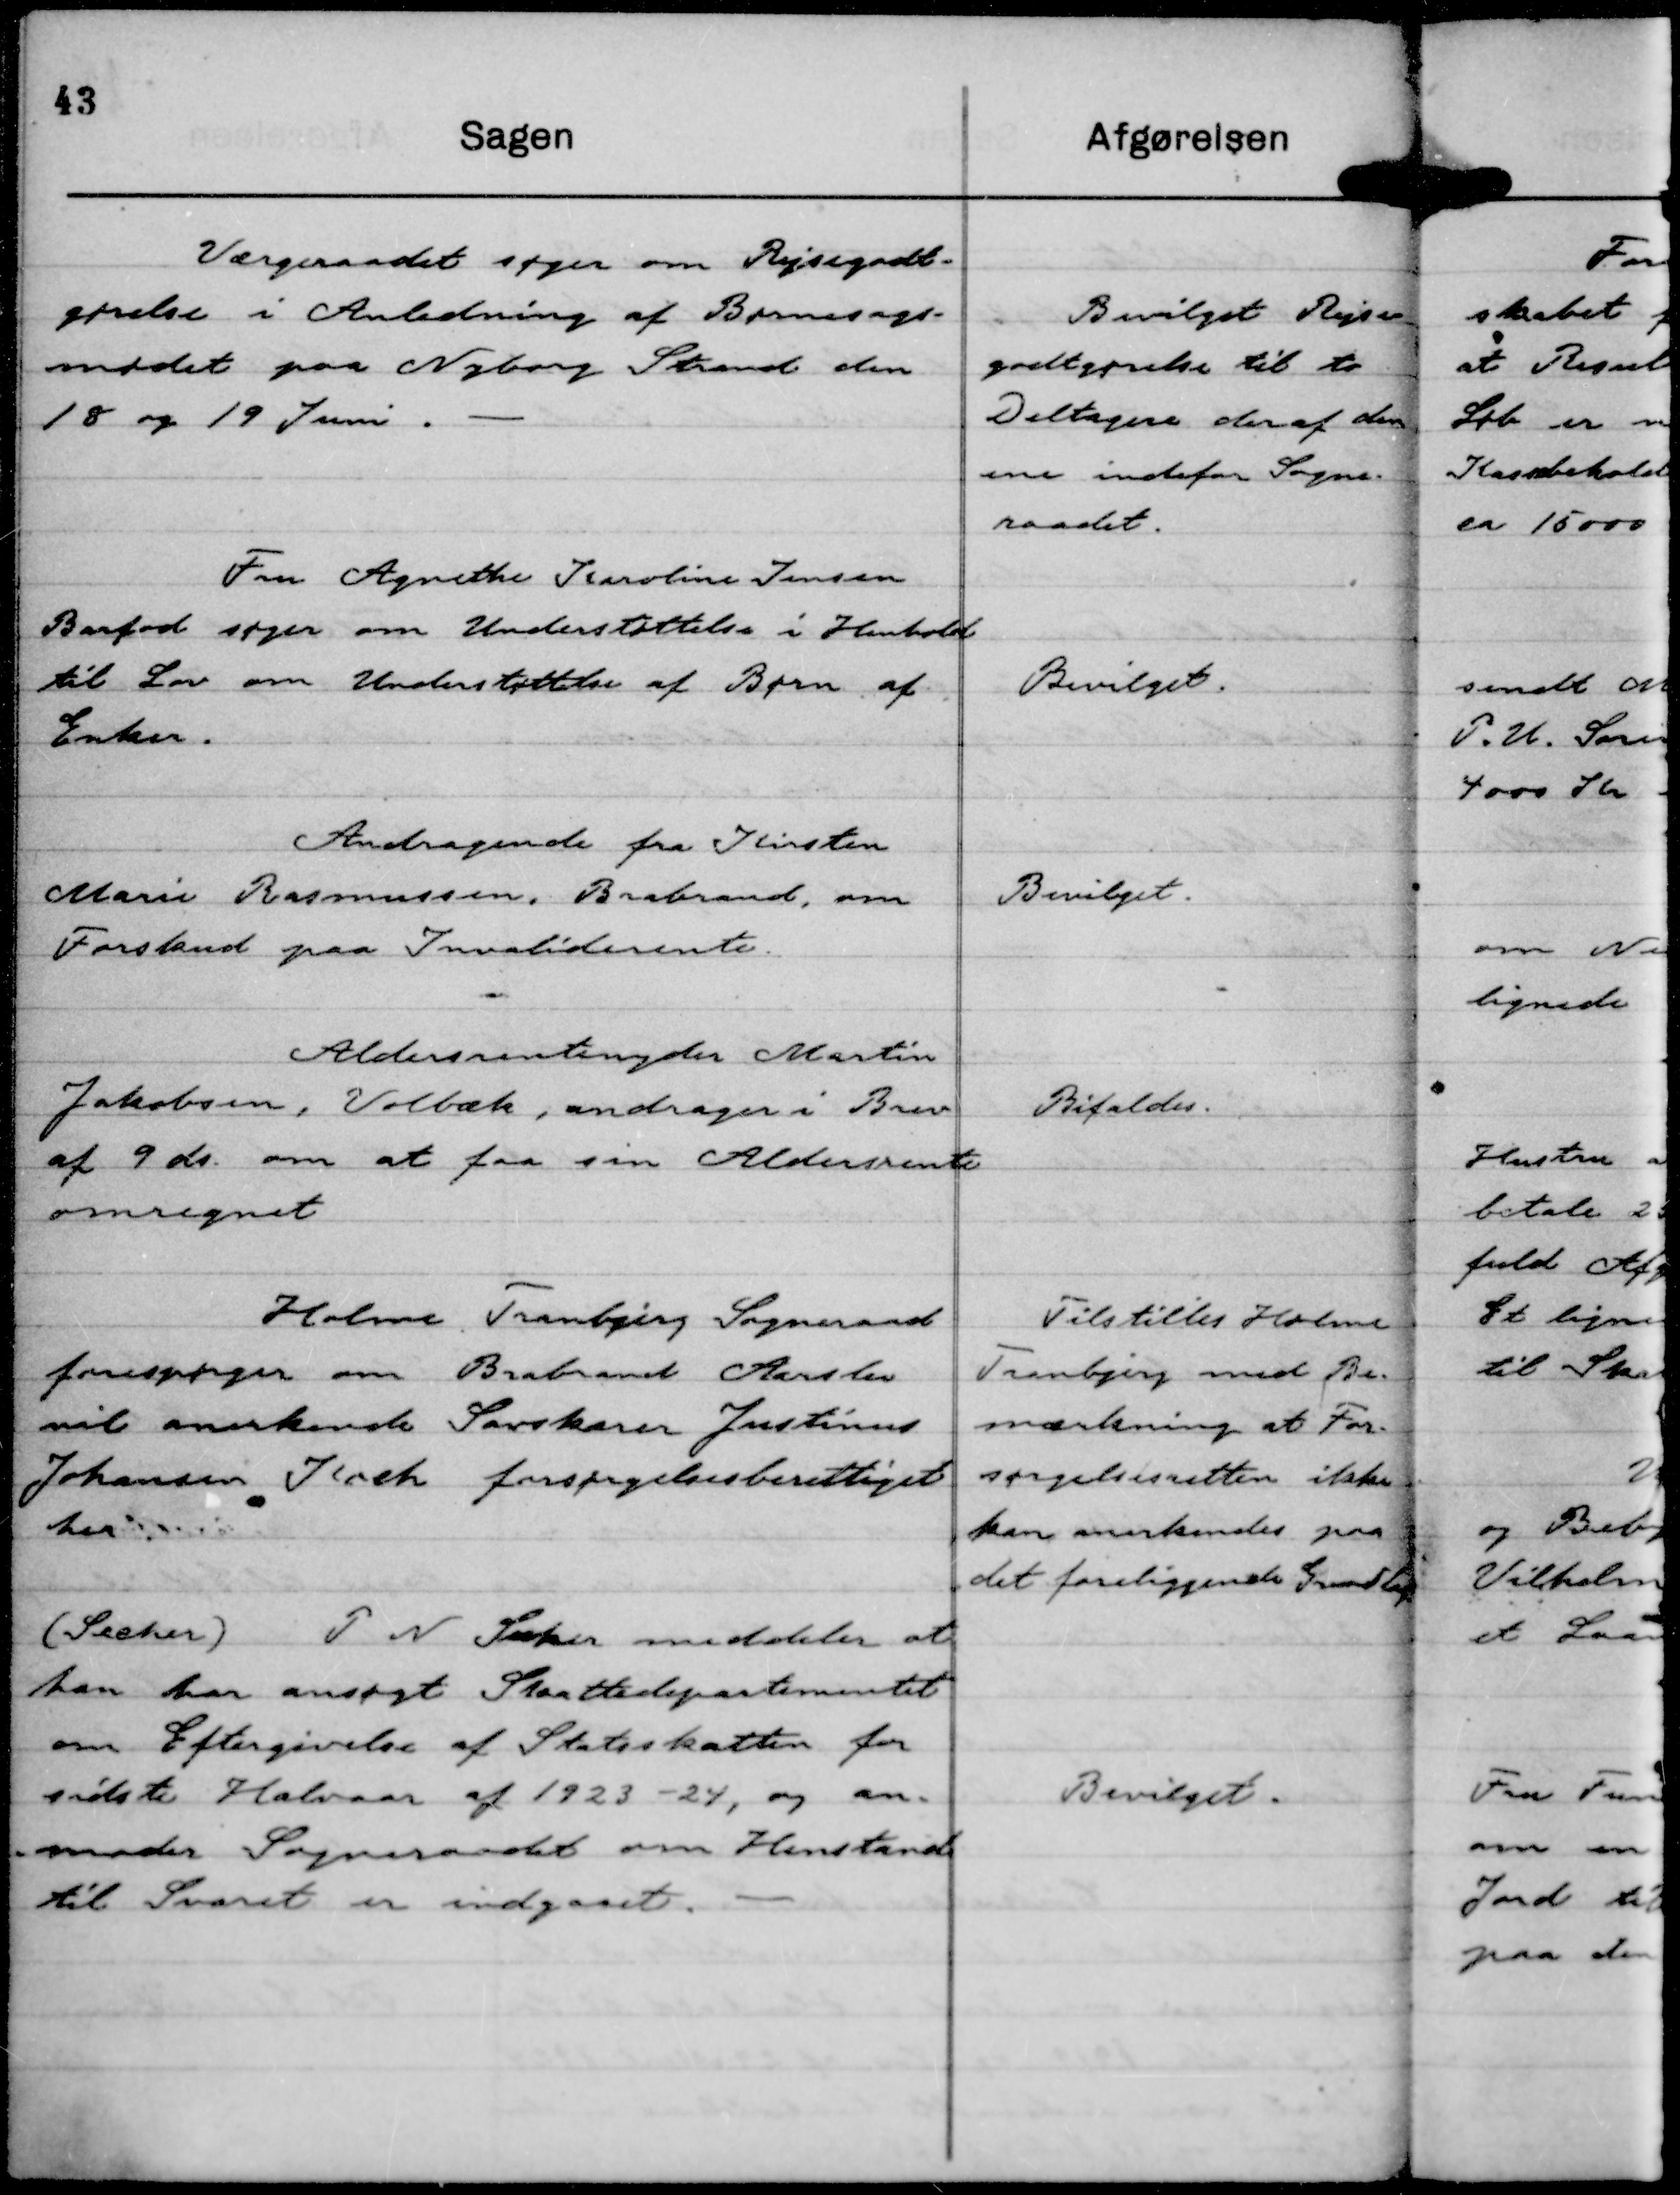
Transskription:
Værgeraadet søger om Rejsegodt-
gørelse i Anledning af Børnesags-
mødet paa Nyborg Strand den
18 og 19 Juni.

Bevilget Rejse-
godtgørelse til to
Deltagere deraf den
ene indefor Sogne-
raadet.

Fru Agnethe Karoline Jensen
Barfod søger om Understøttelse i Henhold
til Lov om Understøttelse af Børn af
Enker.

Bevilget.

Andragende fra Kirsten
Marie Rasmussen, Brabrand, om
Forskud paa Invaliderente.

Bevilget.

Aldersrentenyder Martin
Jakobsen, Volbæk, andrager i Brev
af 9 ds. om at faa sin Aldersrente
omregnet

Bifaldes.

Holme Tranbjerg Sogneraad
forespørger om Brabrand Aarslev
vil anerkende Savskærer Justinus
Johansen Koch forsørgelsesberettiget
her.

Tilstilles Holme
Tranbjerg med Be-
mærkning at For-
sørgelsesretten ikke
kan anerkendes paa
det foreliggende Grundlag.

( Secher ) P N Secher meddeler at
han har ansøgt Skattedepartementet
om Eftergivelse af Statsskatten for
sidste Halvaar af 1923 - 24, og an-
moder Sogneraadet om Henstand
til Svaret er indgaaet.

Bevilget.